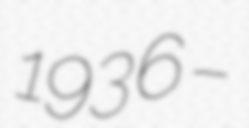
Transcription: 1936 –